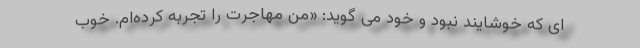
ای که خوشایند نبود و خود می گوید: «من مهاجرت را تجربه کرده‌ام. خوب